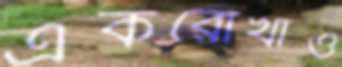
একরোখাও